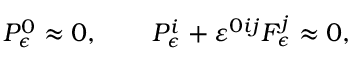
{ \cal P } _ { \epsilon } ^ { 0 } \approx 0 , \qquad { \cal P } _ { \epsilon } ^ { i } + \varepsilon ^ { 0 i j } { \cal F } _ { \epsilon } ^ { j } \approx 0 ,